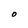
Character: O